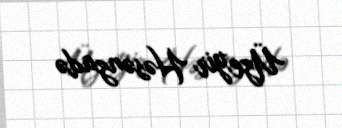
Üzeyir Həsənzadə